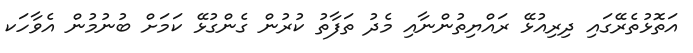
އަތޮޅުތެރޭގައި ދިރިއުޅޭ ރައްޔިތުންނާއި މެދު ތަފާތު ކުރުން ގެންގުޅޭ ކަމަށް ބުނުމުން އެވާހަކ